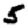
Digit: 5